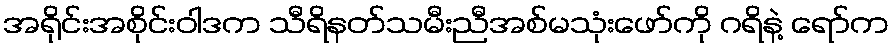
အရိုင်းအစိုင်းဝါဒက သီရိနတ်သမီးညီအစ်မသုံးဖော်ကို ဂရိနဲ့ ရော်က